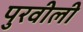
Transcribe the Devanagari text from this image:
पुरवीली